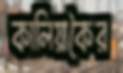
কালিয়াকৈর